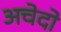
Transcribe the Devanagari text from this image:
अचेदो